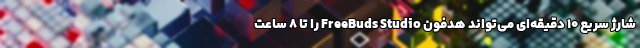
شارژ سریع ۱۰ دقیقه‌ای می‌تواند هدفون FreeBuds Studio را تا ۸ ساعت